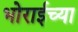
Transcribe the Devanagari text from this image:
भोराईच्या